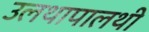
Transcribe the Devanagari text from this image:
उलथापालथी